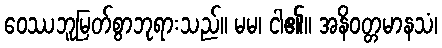
ဝေဿဘူမြတ်စွာဘုရားသည်။ မမ၊ ငါ၏။ အနိဝတ္တမာနသံ၊